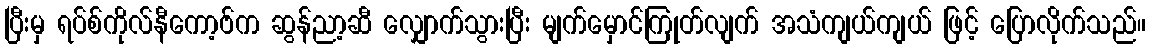
ပြီးမှ ရပ်စ်ကိုလ်နီကော့ဗ်က ဆွန်ညာ့ဆီ လျှောက်သွားပြီး မျက်မှောင်ကြုတ်လျက် အသံကျယ်ကျယ် ဖြင့် ပြောလိုက်သည်။